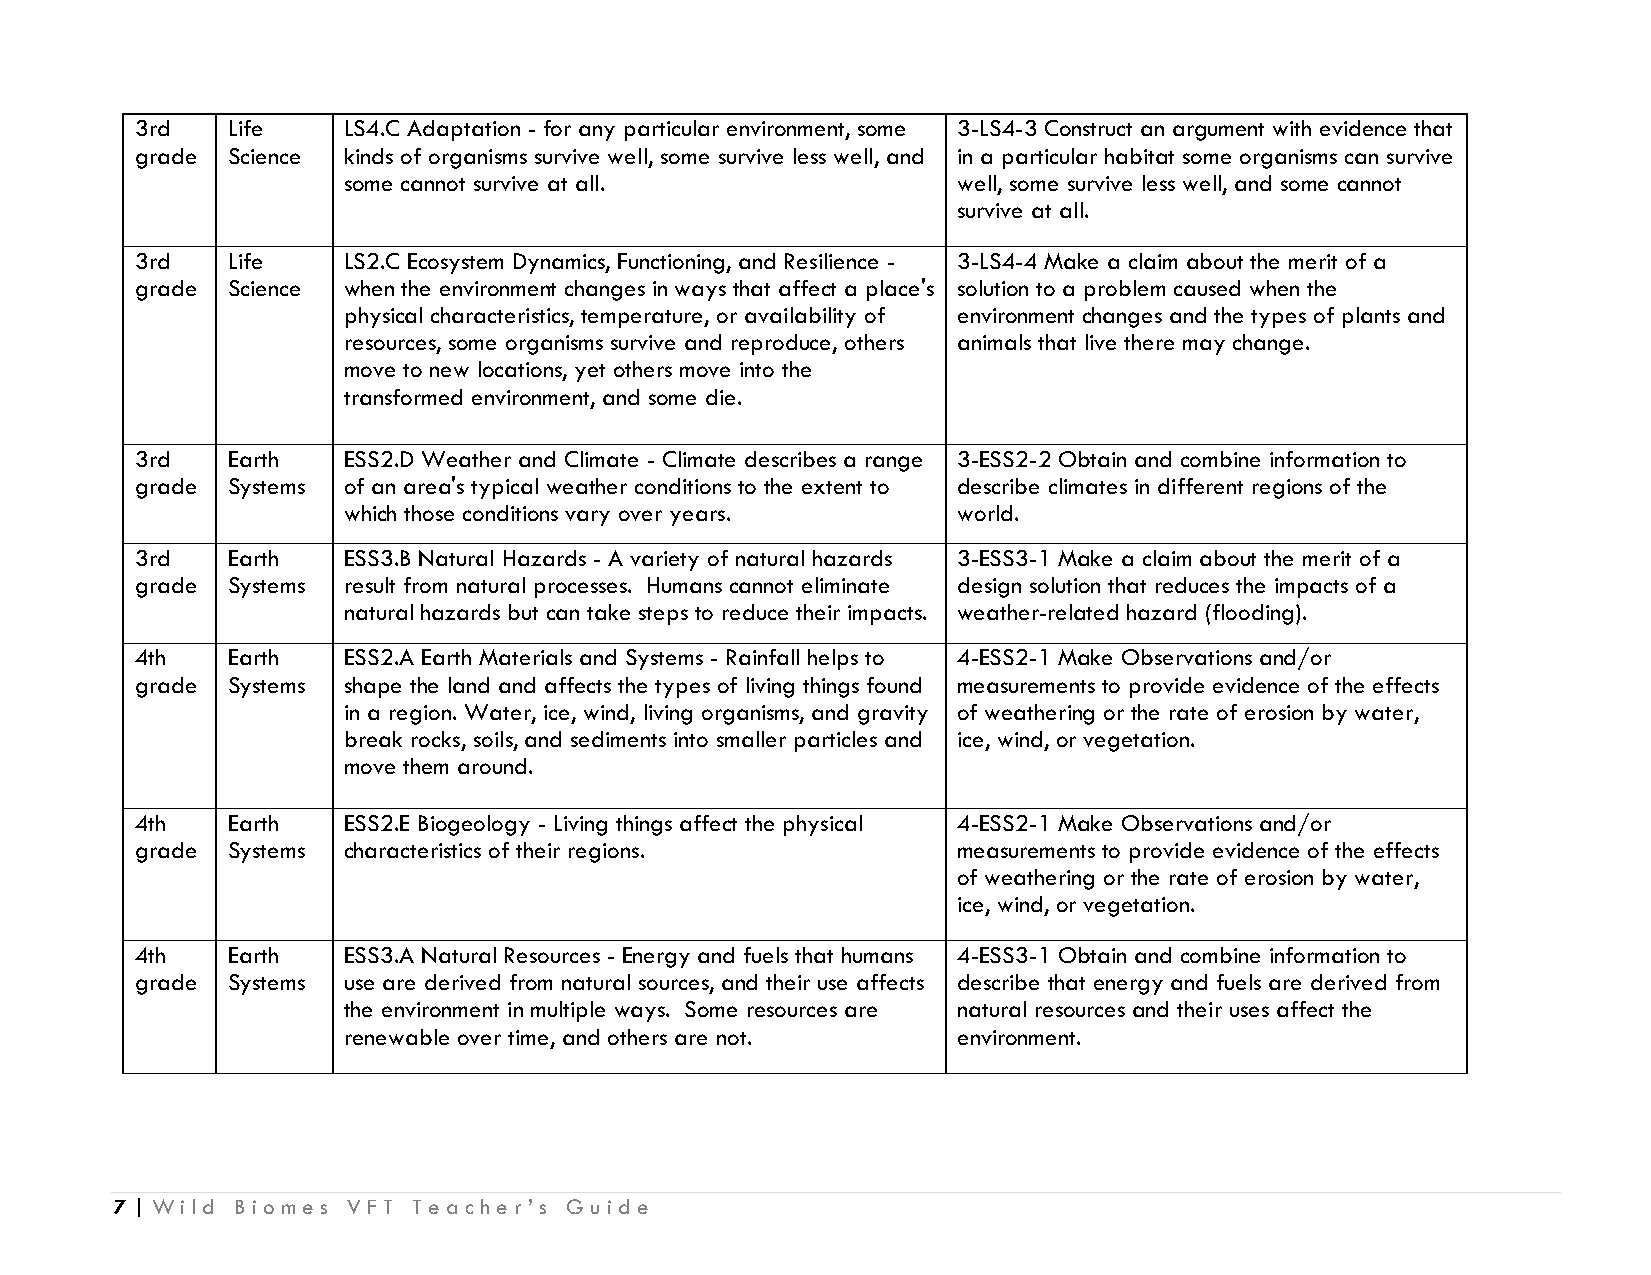
3rd   Life    LS4.C Adaptation - for any particular environment, some 3-LS4-3 Construct an argument with evidence that
 grade Science kinds of organisms survive well, some survive less well, and in a particular habitat some organisms can survive
 some cannot survive at all.             well, some survive less well, and some cannot
 survive at all.
 3rd   Life    LS2.C Ecosystem Dynamics, Functioning, and Resilience - 3-LS4-4 Make a claim about the merit of a
 grade Science when the environment changes in ways that affect a place's solution to a problem caused when the
 physical characteristics, temperature, or availability of environment changes and the types of plants and
 resources, some organisms survive and reproduce, others animals that live there may change.
 move to new locations, yet others move into the
 transformed environment, and some die.
 3rd   Earth   ESS2.D Weather and Climate - Climate describes a range 3-ESS2-2 Obtain and combine information to
 grade Systems of an area's typical weather conditions to the extent to describe climates in different regions of the
 which those conditions vary over years. world.
 3rd   Earth   ESS3.B Natural Hazards - A variety of natural hazards 3-ESS3-1 Make a claim about the merit of a
 grade Systems result from natural processes. Humans cannot eliminate design solution that reduces the impacts of a
 natural hazards but can take steps to reduce their impacts. weather-related hazard (flooding).
 4th   Earth   ESS2.A Earth Materials and Systems - Rainfall helps to 4-ESS2-1 Make Observations and/or
 grade Systems shape the land and affects the types of living things found measurements to provide evidence of the effects
 in a region. Water, ice, wind, living organisms, and gravity of weathering or the rate of erosion by water,
 break rocks, soils, and sediments into smaller particles and ice, wind, or vegetation.
 move them around.
 4th   Earth   ESS2.E Biogeology - Living things affect the physical 4-ESS2-1 Make Observations and/or
 grade Systems characteristics of their regions.       measurements to provide evidence of the effects
 of weathering or the rate of erosion by water,
 ice, wind, or vegetation.
 4th   Earth   ESS3.A Natural Resources - Energy and fuels that humans 4-ESS3-1 Obtain and combine information to
 grade Systems use are derived from natural sources, and their use affects describe that energy and fuels are derived from
 the environment in multiple ways. Some resources are natural resources and their uses affect the
 renewable over time, and others are not. environment.
 7 | Wild Biomes VFT Teacher’s Guide